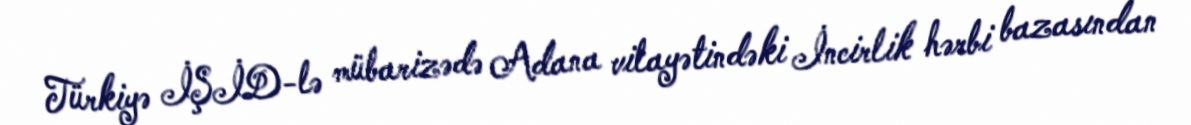
Türkiyə İŞİD-lə mübarizədə Adana vilayətindəki İncirlik hərbi bazasından